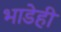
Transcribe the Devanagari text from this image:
भाडेही